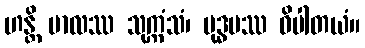
ဟန္တိ ဗာလဿ သုက္ကံသံ၊ မုဒ္ဓမဿ ဝိပါတယံ။